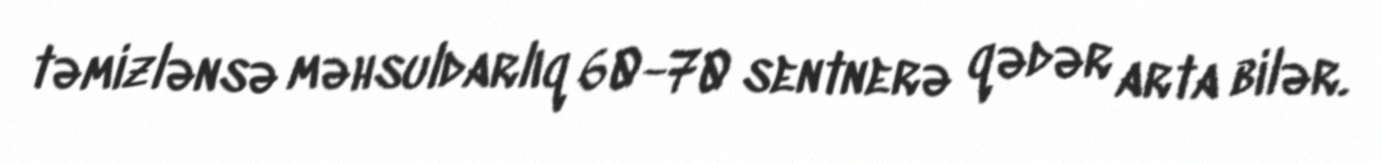
təmizlənsə məhsuldarlıq 60-70 sentnerə qədər arta bilər.